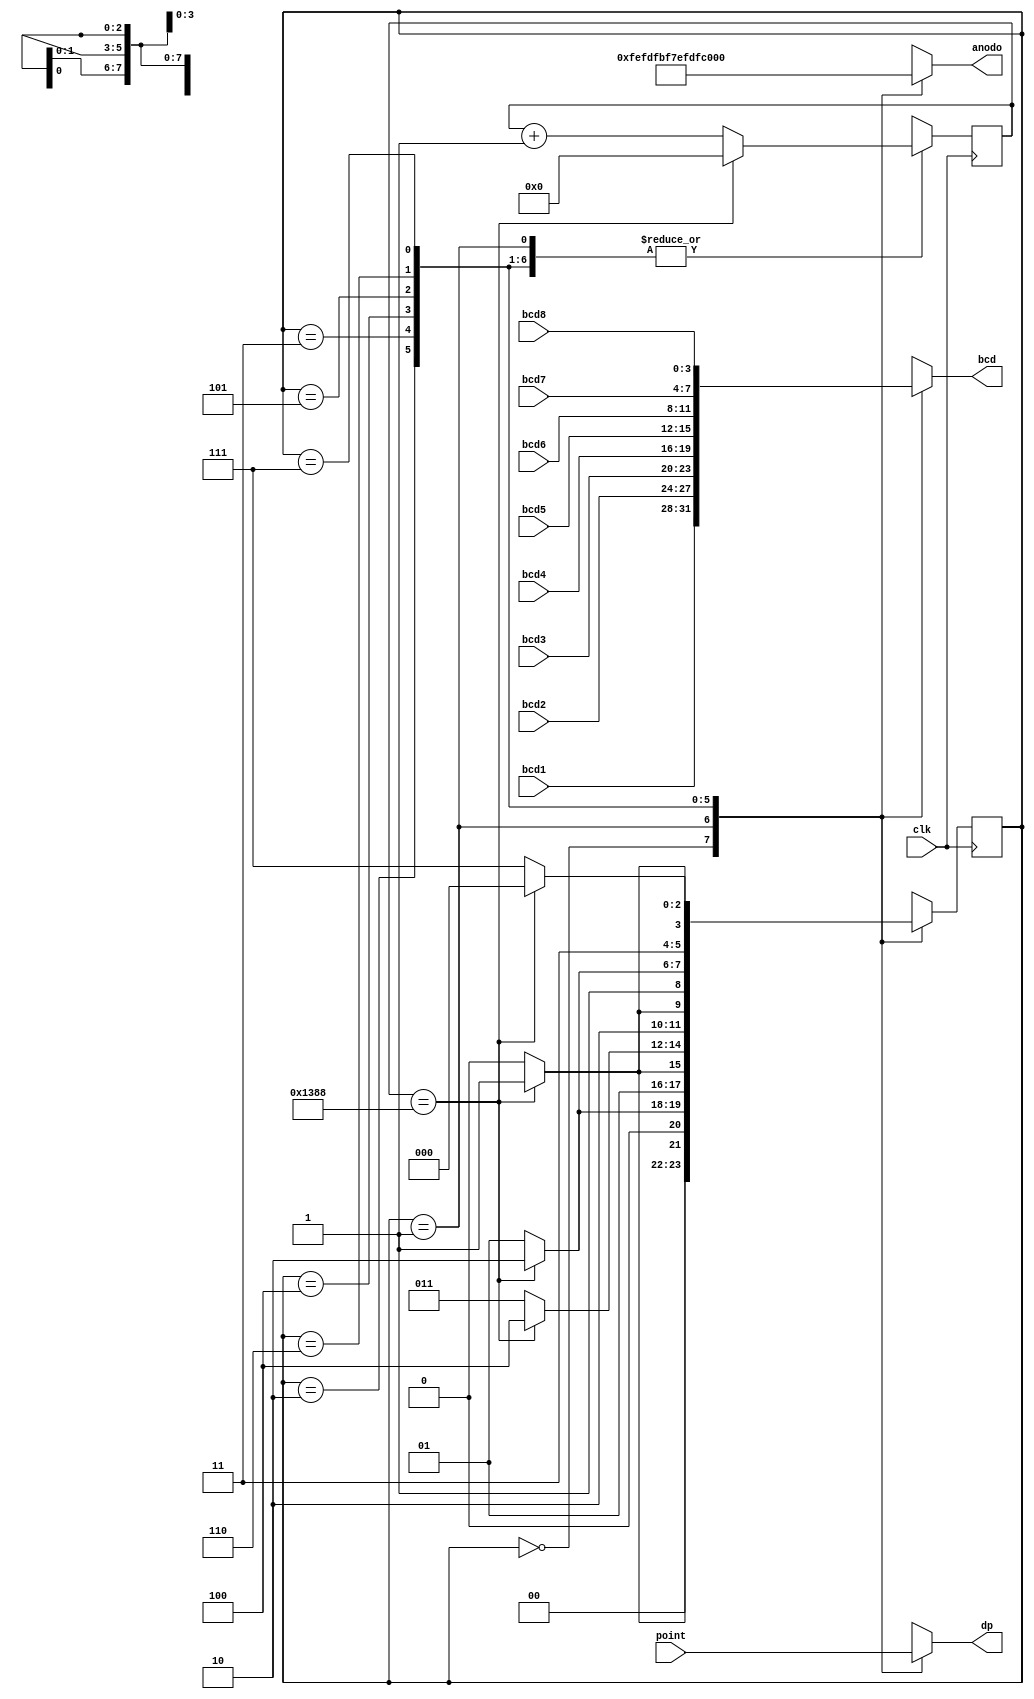
module FSMselect(
  input clk, input [0:7] point,
	input	[0:3]  bcd8,bcd7,bcd6,bcd5,bcd4,bcd3,bcd2,bcd1,
	output reg [0:7]anodo,
	output reg [0:3] bcd, output reg dp
    );
localparam DISPLAY_ONE=3'b000;
localparam DISPLAY_TWO=4'b001;
localparam	DISPLAY_THREE=4'b010;
localparam	DISPLAY_FOUR=4'b011;
localparam	DISPLAY_FIVE=4'b100;
localparam	DISPLAY_SIX=4'b101;
localparam	DISPLAY_SEVEN=4'b110;
localparam	DISPLAY_EIGHT=4'b111;

initial begin
  select = 0;
  state = 0;
 end



reg [0:2] state;	
reg[0:12] select;


always@(posedge clk)begin
		case(state)
		DISPLAY_ONE:begin		
			if(select==13'd5000)begin
					select=13'd0;
					state<=DISPLAY_TWO;
			end else begin
					state<=DISPLAY_ONE;
					select=select+1'b1;
			end
		
		end
		//----------------
		DISPLAY_TWO:begin
		
		if(select==13'd5000 )begin
			select=13'd0;
			state<=DISPLAY_THREE;
		end else begin
			state<=DISPLAY_TWO;
			select=select+1'b1;
		end
		
		end
		//-----------------------
		DISPLAY_THREE:begin
		
		if(select==13'd5000 )begin
			select=13'd0;
			state<=DISPLAY_FOUR;
		end else begin
			state<=DISPLAY_THREE;
			select=select+1'b1;		
		end

		end
		//------------------------
		
		DISPLAY_FOUR:begin
		
		if(select==13'd5000 )begin
			select=13'd0;
			state<=DISPLAY_FIVE;
		end else begin
			state<=DISPLAY_FOUR;
			select=select+1'b1;
		end		
		
	
		end
		//-------------------------
		DISPLAY_FIVE:begin
		
		if(select==13'd5000 )begin
			select=13'd0;
			state<=DISPLAY_SIX;
		end else begin
			state<=DISPLAY_FIVE;	
			select=select+1'b1;
		end

		end
		//-----------------------------
		DISPLAY_SIX:begin

		if(select==13'd5000 )begin
			select=13'd0;
			state<=DISPLAY_SEVEN;
		end else begin
			state<=DISPLAY_SIX;	
			select=select+1'b1;
		end


		end
		//--------------------------
		DISPLAY_SEVEN:begin
		
		if(select==13'd5000 )begin
			select=13'd0;
			state<=DISPLAY_EIGHT;
		end else begin
			state<=DISPLAY_SEVEN;
			select=select+1'b1;		
		end

		end
		//------------------------------
		DISPLAY_EIGHT:begin
		
		if(select==13'd5000 /*select==5000*/)begin
			select=13'd0;
			state<=DISPLAY_ONE;
		end else begin
			state<=DISPLAY_EIGHT;	
			select=select+1'b1;		
		end
			
		end
	
		//----------------------------------
		default:begin  
			select=0; 
			state<=DISPLAY_ONE;	
		end
		//------------------------------------
		endcase

end
always@(*)begin
		case(state)
		DISPLAY_ONE:begin
			bcd=bcd1;	
			anodo= 8'b11111110;
			//dp=1;//1
			dp=point[0];
		end
		//----------------
		DISPLAY_TWO:begin
			bcd=bcd2;
			anodo= 8'b11111101;
			//dp=1;//2
			dp=point[1];
		end
		//-----------------
		DISPLAY_THREE:begin
			bcd=bcd3;
			anodo= 8'b11111011;
			//dp=1;//3
			dp=point[2];
		end
		
		//---------------------
		DISPLAY_FOUR:begin
			bcd=bcd4;
			anodo= 8'b11110111;		
			//dp=1;//4
			dp=point[3];
		end
		//--------------------
		DISPLAY_FIVE:begin
			bcd=bcd5;
			anodo= 8'b11101111;
			//dp=0;//--//5
			dp=point[4];
		end
		//------------------
		DISPLAY_SIX:begin
			bcd=bcd6;
			anodo= 8'b11011111;
			//dp=1;//6
			dp=point[5];
		end
		//--------------------------
		DISPLAY_SEVEN:begin
			bcd=bcd7;
			anodo= 8'b10111111;
			//dp=1;//7
			dp=point[6];
		end
		//----------------------
		DISPLAY_EIGHT:begin
			bcd=bcd8;
			anodo= 8'b01111111;		
			//dp=1;//8
			dp=point[7];
		end
		//---------------------
		
		default:begin  		
			bcd=bcd1;
			anodo= 8'b11111110;
			dp=1;
		end

		endcase

end


endmodule